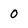
Character: 0